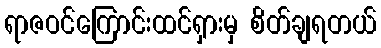
ရာဇဝင်ကြောင်းထင်ရှားမှ စိတ်ချရတယ်